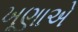
ખૂણાએ